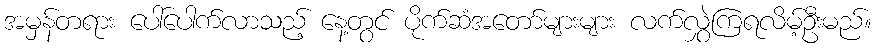
အမှန်တရား ပေါ်ပေါက်လာသည့် နေ့တွင် ပိုက်ဆံအတော်များများ လက်လွှဲကြရလိမ့်ဦးမည်။